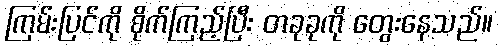
ကြမ်းပြင်ကို စိုက်ကြည့်ပြီး တခုခုကို တွေးနေသည်။